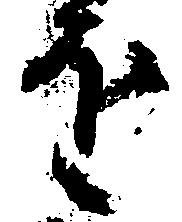
を